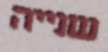
שנייה